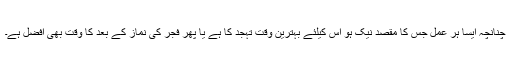
چنانچہ ایسا ہر عمل جس کا مقصد نیک ہو اس کیلئے بہترین وقت تہجد کا ہے یا پھر فجر کی نماز کے بعد کا وقت بھی افضل ہے۔